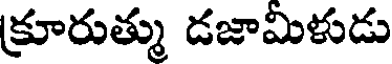
క్రూరుత్ము డజామిళుడు